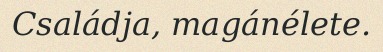
Családja, magánélete.